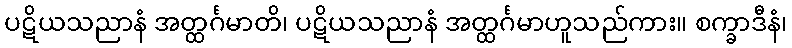
ပဋိယသညာနံ အတ္ထင်္ဂမာတိ၊ ပဋိယသညာနံ အတ္ထင်္ဂမာဟူသည်ကား။ စက္ခာဒီနံ၊